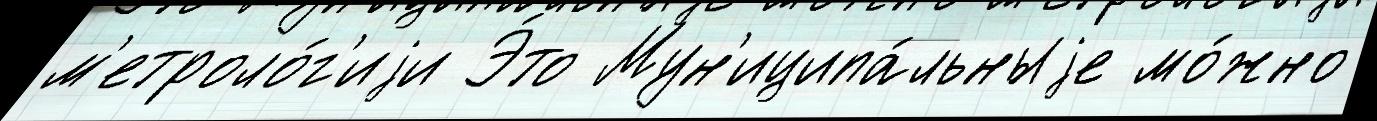
м'етроло́г'иjи Э́то Мун'иципа́льныjе мо́жно